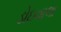
ડોઇવાલા